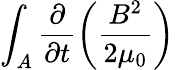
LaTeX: \int_{A}\frac{\partial}{\partial t}\left(\frac{B^{2}}{2\mu_{0}}\right)